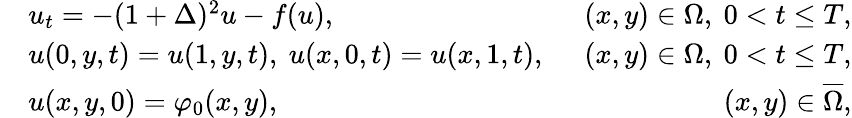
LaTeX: \begin{array}{rlr}&{u_{t}=-(1+\Delta)^{2}u-f(u),}&{~~(x,y)\in\Omega,~0<t\le T,}\\ &{u(0,y,t)=u(1,y,t),~u(x,0,t)=u(x,1,t),}&{~~(x,y)\in\Omega,~0<t\le T,}\\ &{u(x,y,0)=\varphi_{0}(x,y),}&{~~(x,y)\in\overline{{\Omega}},}\end{array}